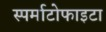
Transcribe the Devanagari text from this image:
स्पर्माटोफाइटा